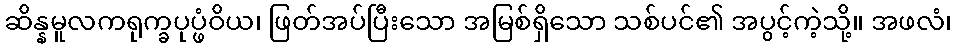
ဆိန္နမူလကရုက္ခပုပ္ဖံဝိယ၊ ဖြတ်အပ်ပြီးသော အမြစ်ရှိသော သစ်ပင်၏ အပွင့်ကဲ့သို့။ အဖလံ၊